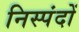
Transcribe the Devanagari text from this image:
निस्पंदों